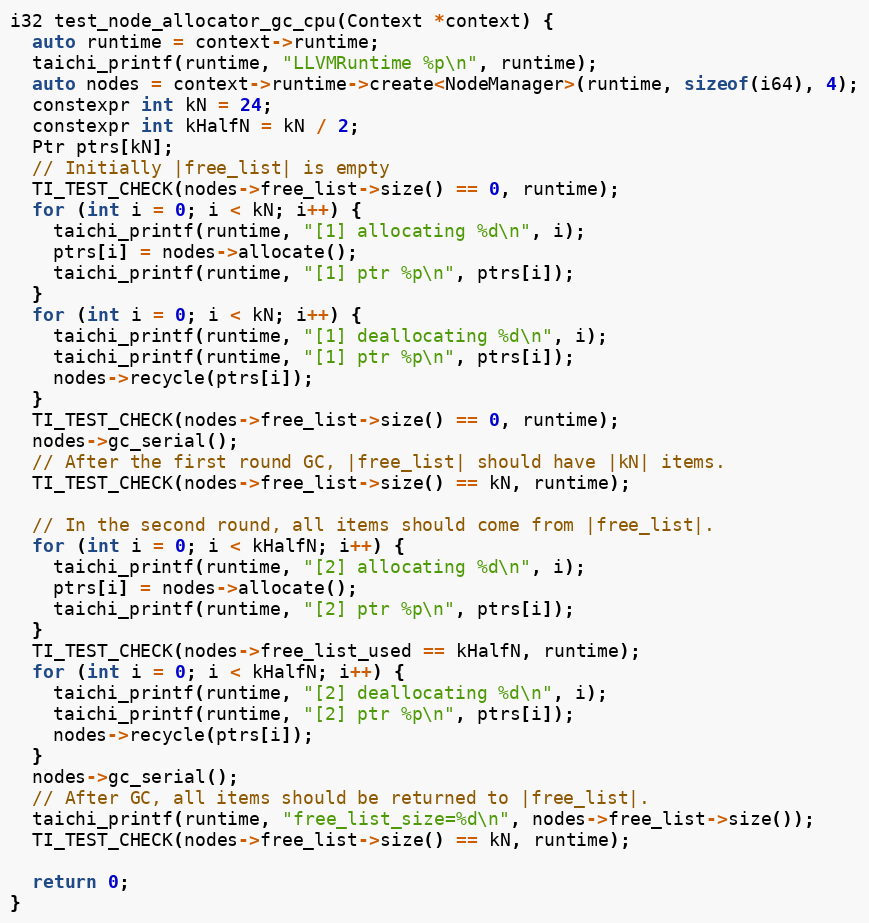
Language: C
i32 test_node_allocator_gc_cpu(Context *context) {
  auto runtime = context->runtime;
  taichi_printf(runtime, "LLVMRuntime %p\n", runtime);
  auto nodes = context->runtime->create<NodeManager>(runtime, sizeof(i64), 4);
  constexpr int kN = 24;
  constexpr int kHalfN = kN / 2;
  Ptr ptrs[kN];
  // Initially |free_list| is empty
  TI_TEST_CHECK(nodes->free_list->size() == 0, runtime);
  for (int i = 0; i < kN; i++) {
    taichi_printf(runtime, "[1] allocating %d\n", i);
    ptrs[i] = nodes->allocate();
    taichi_printf(runtime, "[1] ptr %p\n", ptrs[i]);
  }
  for (int i = 0; i < kN; i++) {
    taichi_printf(runtime, "[1] deallocating %d\n", i);
    taichi_printf(runtime, "[1] ptr %p\n", ptrs[i]);
    nodes->recycle(ptrs[i]);
  }
  TI_TEST_CHECK(nodes->free_list->size() == 0, runtime);
  nodes->gc_serial();
  // After the first round GC, |free_list| should have |kN| items.
  TI_TEST_CHECK(nodes->free_list->size() == kN, runtime);

  // In the second round, all items should come from |free_list|.
  for (int i = 0; i < kHalfN; i++) {
    taichi_printf(runtime, "[2] allocating %d\n", i);
    ptrs[i] = nodes->allocate();
    taichi_printf(runtime, "[2] ptr %p\n", ptrs[i]);
  }
  TI_TEST_CHECK(nodes->free_list_used == kHalfN, runtime);
  for (int i = 0; i < kHalfN; i++) {
    taichi_printf(runtime, "[2] deallocating %d\n", i);
    taichi_printf(runtime, "[2] ptr %p\n", ptrs[i]);
    nodes->recycle(ptrs[i]);
  }
  nodes->gc_serial();
  // After GC, all items should be returned to |free_list|.
  taichi_printf(runtime, "free_list_size=%d\n", nodes->free_list->size());
  TI_TEST_CHECK(nodes->free_list->size() == kN, runtime);

  return 0;
}